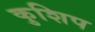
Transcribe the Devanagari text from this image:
कुशिप